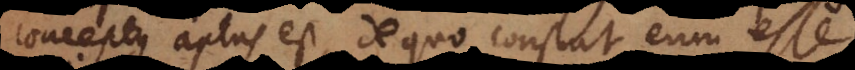
Conceptus aptus est, de quo constat eum esse